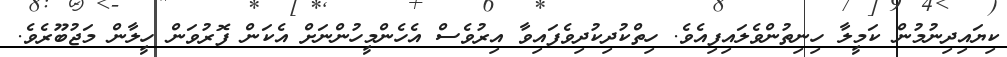
ކިޔައިދިނުމުން ކަމީލާ ހިނިތުންވެލައިފިއެވެ. ހިތްކުދިކުދިވެފައިވާ އިރުވެސް އެހެންމީހުންނަށް އެކަން ފޮރުވަން ހީލާން މަޖުބޫރެވެ.